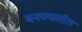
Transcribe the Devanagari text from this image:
बनण्यातील